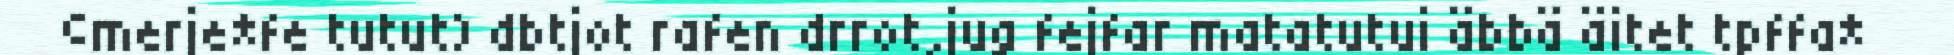
©merje*fe tutut) dbtjot rafen drrot,jug fejfar matatutui äbbä äitet tpffa*